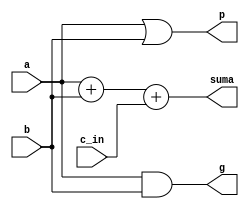
module sum(
    input [0:0]a,
    input [0:0]b,
    input c_in,
    output reg [0:0]g,
    output reg [0:0]p,
    output reg suma
);

always@(a,b,c_in)
    begin
       g = a & b;
       p = a | b;
       suma = a + b + c_in;
    end

endmodule